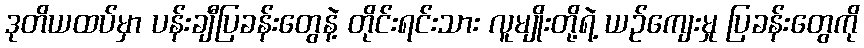
ဒုတိယထပ်မှာ ပန်းချီပြခန်းတွေနဲ့ တိုင်းရင်းသား လူမျိုးတို့ရဲ့ ယဉ်ကျေးမှု ပြခန်းတွေကို